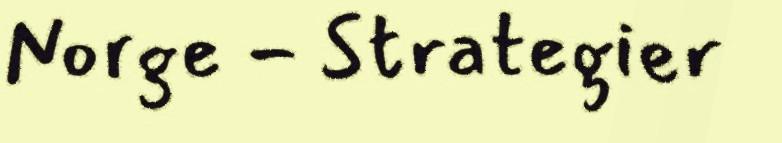
Norge - Strategier